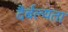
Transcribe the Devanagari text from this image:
दैर्बल्यता